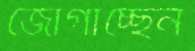
জোগাচ্ছেন